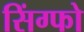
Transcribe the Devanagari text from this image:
सिंग्फो